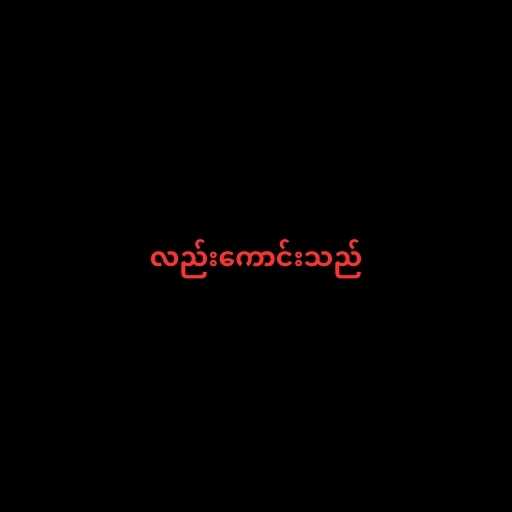
လည်းကောင်းသည်